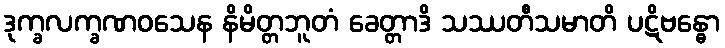
ဒုက္ခလက္ခဏဝသေန နိမိတ္တဘူတံ ခေတ္တာဒိ သဿတီသမာတိ ပဋိဗန္ဓော